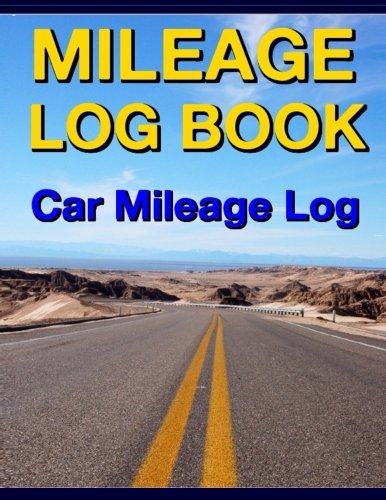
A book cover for Mileage Log Book: Car Mileage Log; Frances P Robinson; Business & Money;